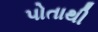
પોતાથી